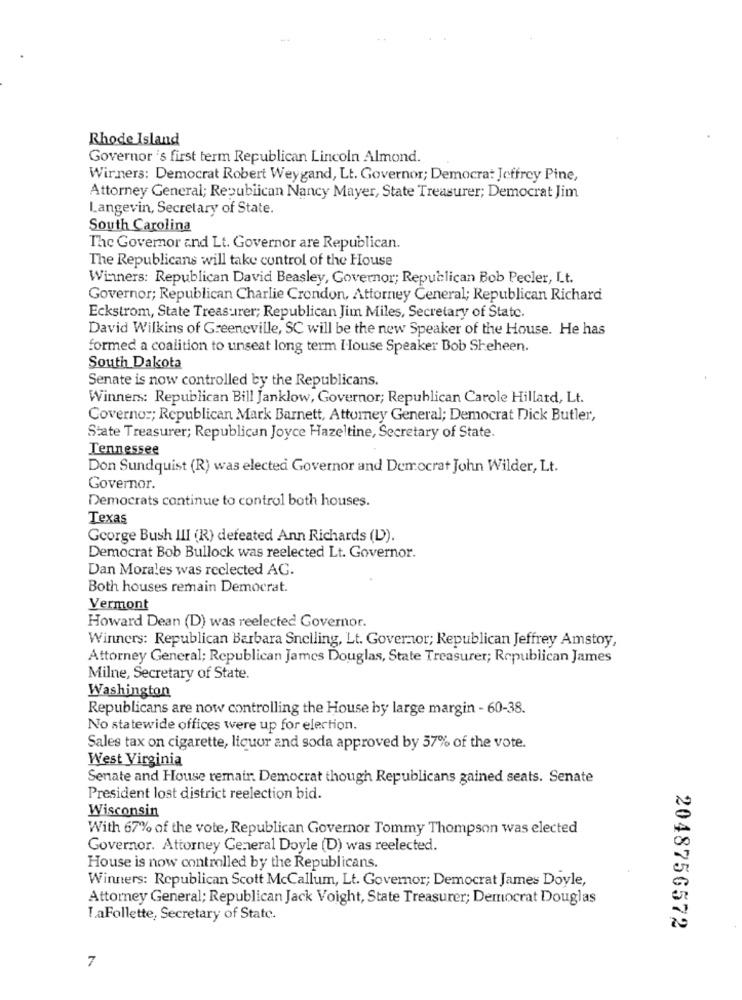
Rhode Island
Governor 's first term Republican Lincoln Almond.
Wirners: Democrat Robert Weygand, Lt. Governor; Democrat Jeffrey Pine,
Attorney General; Republican Nancy Mayer, State Treasurer; Democrat Jim
Langevin, Secretary of State.
South Carolina
The Governor and Lt. Governor are Republican.
The Republicans will take control of the House
Winners: Republican David Beasley, Governor; Republican Bob Pecler, Lt.
Governor; Republican Charlie Crondon, Attorney General; Republican Richard
Eckstrom, State Treasurer; Republican Jim Miles, Secretary of State.
David Wilkins of Greeneville, SC will be the new Speaker of the House. He has
formed a coalition to unseat long term House Speaker Bob Sheheen.
South Dakota
Senate is now controlled by the Republicans.
Winners: Republican Bill Janklow, Governor; Republican Carole Hillard, Lt.
Coverno :; Republican Mark Barnett, Attorney General; Democrat Dick Butler,
State Treasurer; Republican Joyce Hazeltine, Secretary of State.
Tennessee
Don Sundquist (R) was elected Governor and Democrat John Wilder, Lt.
Governor.
Democrats continue to control both houses.
Texas
George Bush III (R) defeated Ann Richards (L)).
Democrat Bob Bullock was reelected Lt. Governor.
Dan Morales was reclected AG.
Both houses remain Democrat.
Vermont
Howard Dean (D) was reelected Governor.
Winners: Republican Barbara Snelling, Lt. Governor; Republican Jeffrey Amstoy,
Attorney General; Republican James Douglas, State Treasurer; Republican James
Milne, Secretary of State.
Washington
Republicans are now controlling the House by large margin - 60-38.
No statewide offices were up for election.
Sales tax on cigarette, liquor and soda approved by 57% of the vote.
West Virginia
Senate and House remair. Democrat though Republicans gained seats. Senate
President lost district reelection bid.
Wisconsin
With 67% of the vote, Republican Governor Tommy Thompson was elected
Governor. Attorney General Doyle (D) was reelected.
House is now controlled by the Republicans.
Winners: Republican Scott McCallum, Lt. Governor; Democrat James Doyle,
Attorney General; Republican Jack Voight, State Treasurer; Democrat Douglas
LaFollette, Secretary of State.
2048756572
7